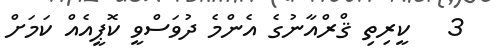
3   ކީރިތި ޤްރްއާނުގެ އެންމެ ދުވަސްވީ ކޮޕީއެއް ކަމަށް